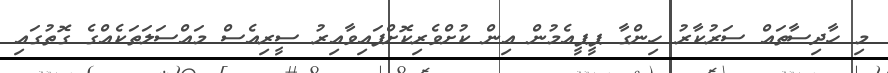
މި ހާދިސާތައް ސަރުކާރު ހިންގާ ޕީޕީއެމުން އިން ކުށްވެރިކޮށްފައިވާއިރު ސީރިއެސް މައްސަލަތަކެއްގެ ގޮތުގައި